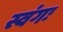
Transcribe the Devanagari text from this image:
स्वंगः